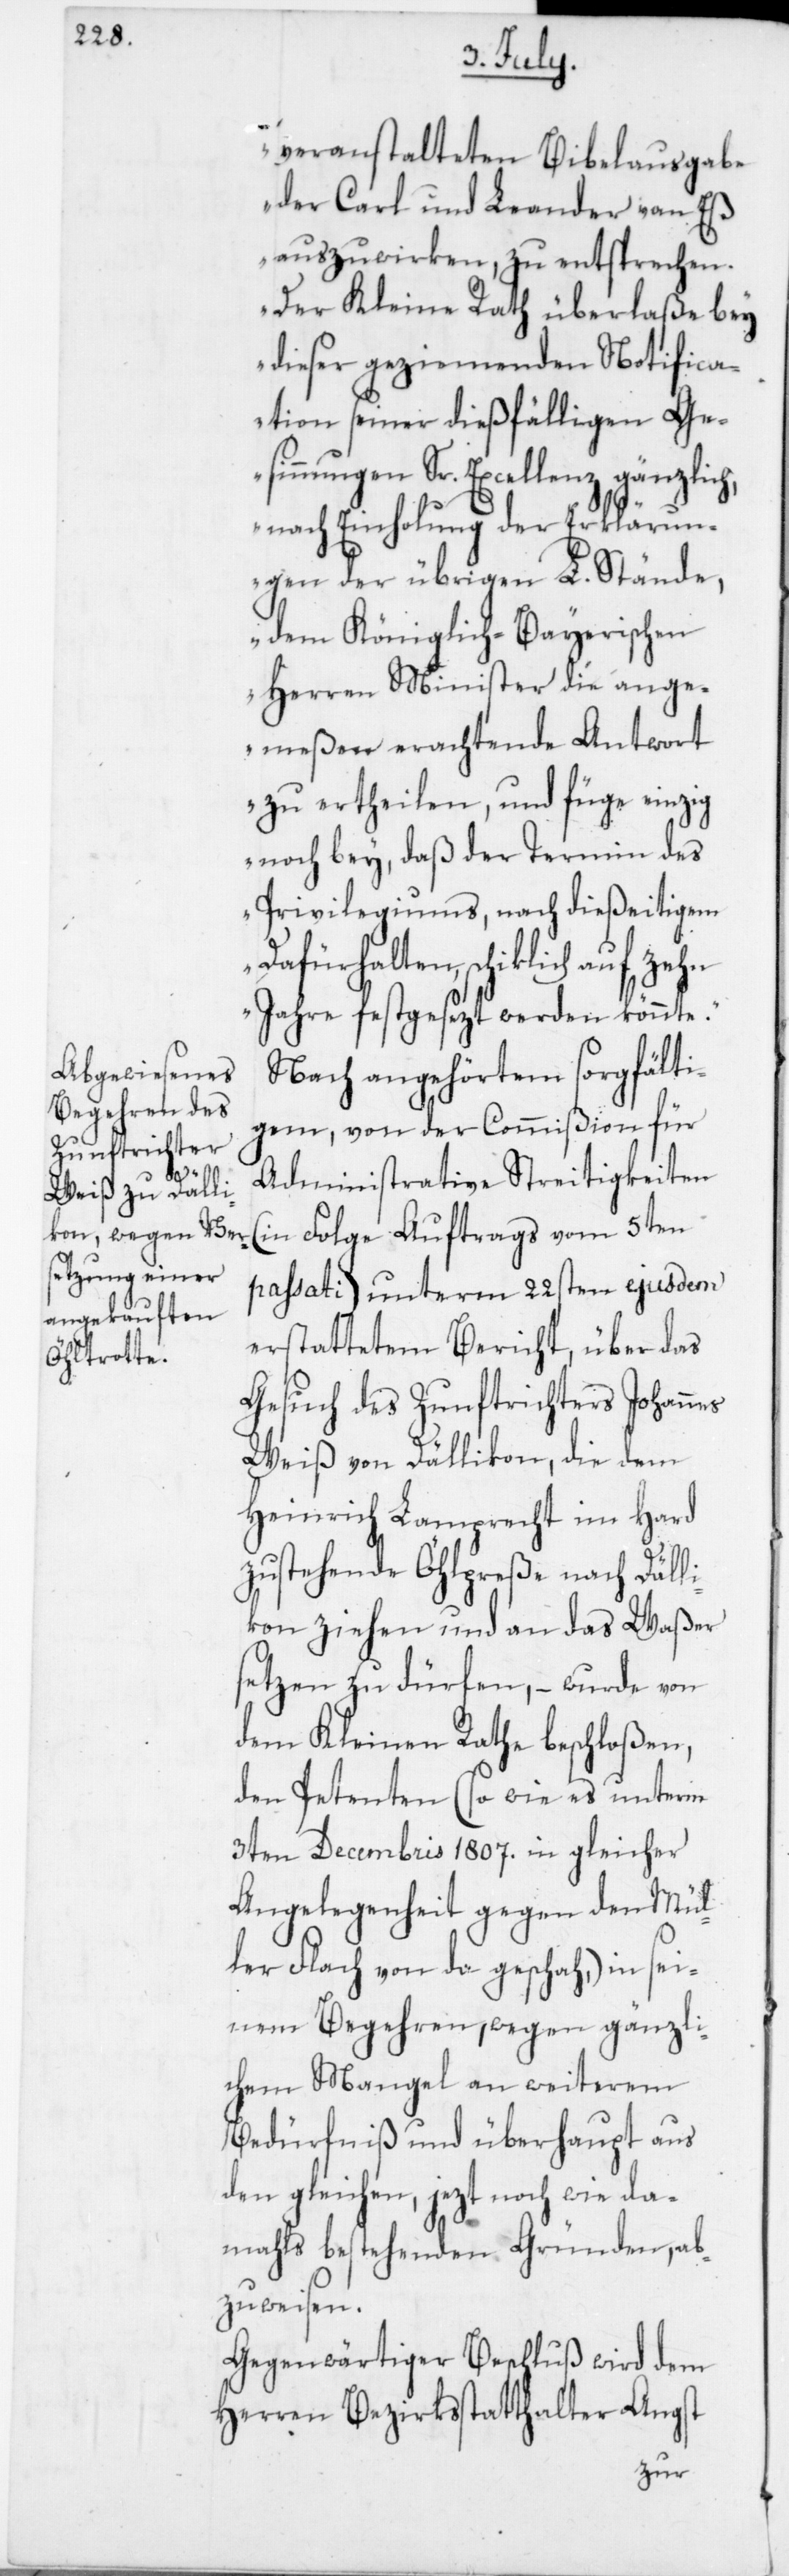
veranstalteten Bibelausgabe
der Carl und Leander van Eß
auszuwirken, zu entsprechen.
Der Kleine Rath überlaße bey
dieser geziemenden Notifica¬
tion seiner dießfälligen Ge¬
sinnungen Sr. Excellenz gänzlich,
nach Einholung der Erklärun¬
gen der übrigen L. Stände,
dem Königlich-Bayerischen
Herren Minister die ange¬
meßen erachtende Antwort
zu ertheilen, und füge einzig
noch bey, daß der Termin des
Privilegiums, nach dießeitigem
Dafürhalten, schiklich auf
Jahre festgesezt werden könnte.“
Nach angehörtem sorgfälti¬
gem, von der Commißion für
Administrative Streitigkeiten
(in Folge Auftrags vom 5ten
passati) unterm 22sten ejusdem
erstattetem Bericht, über das
Gesuch des Zunftrichters Johannes
Weiß von Dällikon, die dem
Heinrich Lamprecht im Hard
zustehende Öhlpreße nach Däll¬
ikon ziehen und an das Waßer
setzen zu dürfen, – wurde von
dem Kleinen Rathe beschloßen,
den Petenten (so wie es unterm
3ten Decembris 1807. in gleicher
Angelegenheit gegen den Mül¬
ler Flach von da geschah) in sei¬
nem Begehren, wegen gänzli¬
chem Mangel an weiterem
Bedürfniß und überhaupt aus
den gleichen, jezt noch wie da¬
mahls bestehenden Gründen, ab¬
zuweisen.
Gegenwärtiger Beschluß wird dem
Herren Bezirksstatthalter Angst